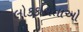
લોકકવિતાઓ